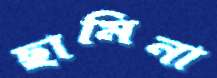
ছামিনা